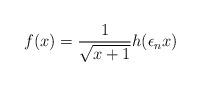
LaTeX: \begin{align*}f(x) = \frac{1}{\sqrt{x + 1}}h(\epsilon_{n}x)\end{align*}